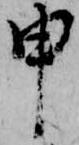
申